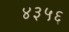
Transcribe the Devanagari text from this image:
४३५६